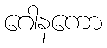
ဂေါနကော